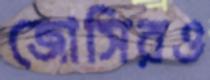
জোসিরও